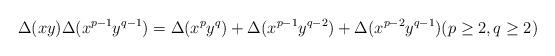
LaTeX: \begin{align*}\Delta(xy)\Delta(x^{p-1}y^{q-1}) = \Delta(x^py^q) +\Delta(x^{p-1}y^{q-2})+ \Delta(x^{p-2}y^{q-1})(p\geq 2,q\geq 2)\end{align*}